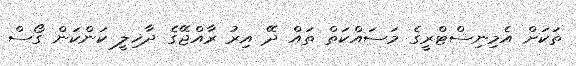
ތަކަށް އެމިނިސްޓްރީގެ މަސައްކަތް ތައް ދޭ އިރު ރާއްޖޭގެ ދާޚިލީ ކަންކަން ގޯސް